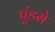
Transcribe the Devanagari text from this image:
पुंडसे